Annual report of the Punjab Veterinary College and of the Civil Veterinary Department, Punjab - 1909-1919
Year: 1909
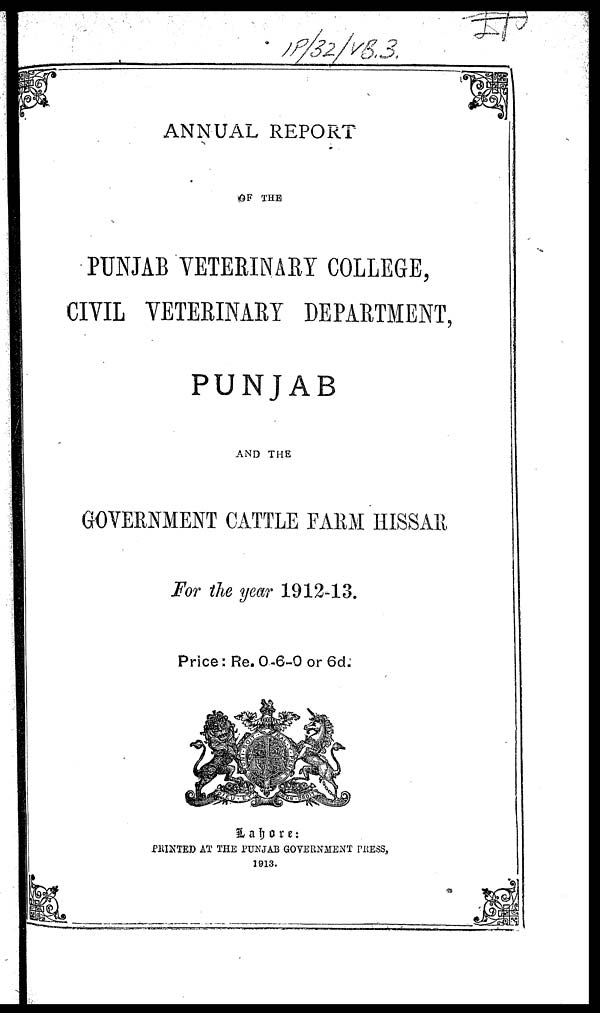
ANNUAL REPORT
OF THE
PUNJAB VETERINARY COLLEGE,
CIVIL VETERINARY DEPARTMENT,
PUNJAB
AND THE
GOVERNMENT CATTLE FARM HISSAR
For the year 1912-13.
Price: Re. 0-6-0 or 6d.
Lahore:
PRINTED AT THE PUNJAB GOVERNMENT PRESS,
1913.